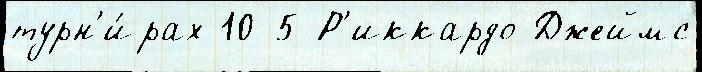
турн'и́рах 10-5 Р'иккардо Джеймс